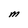
Character: M